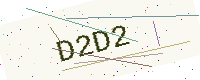
Text: D2D2